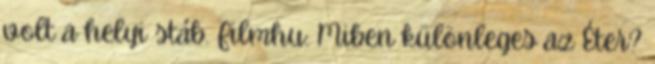
volt a helyi stáb. Filmhu: Miben különleges az Éter?